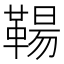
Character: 𩋬